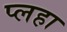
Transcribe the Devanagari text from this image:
प्लहा